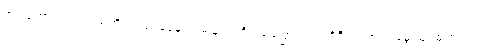
အားကောင်းလာသည်ကို အသုံးပြုနေကျ မမြရင်ကို ခေါ်ပြောတယ် အိုရီယမ်တယ် မွေးမြူထုတ်လုပ်